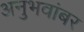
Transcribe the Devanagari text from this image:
अनुभवांबर